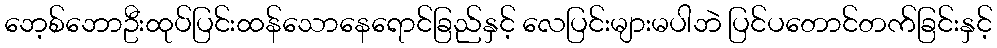
ဘေ့စ်ဘောဦးထုပ်ပြင်းထန်သောနေရောင်ခြည်နှင့် လေပြင်းများမပါဘဲ ပြင်ပတောင်တက်ခြင်းနှင့်